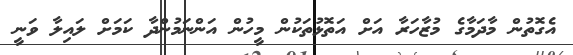
އެގޮތުން މާދަމާގެ މުޒާހަރާ އަށް އަތޮޅުތަކުން މީހުން އަންނަމުންދާ ކަމަށް ލައިލާ ވަނީ